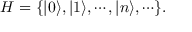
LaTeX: { \cal H } = \{ | 0 \rangle , | 1 \rangle , \cdots , | n \rangle , \cdots \} .